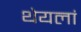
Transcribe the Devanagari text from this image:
थेयलां